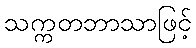
သက္ကတဘာသာဖြင့်